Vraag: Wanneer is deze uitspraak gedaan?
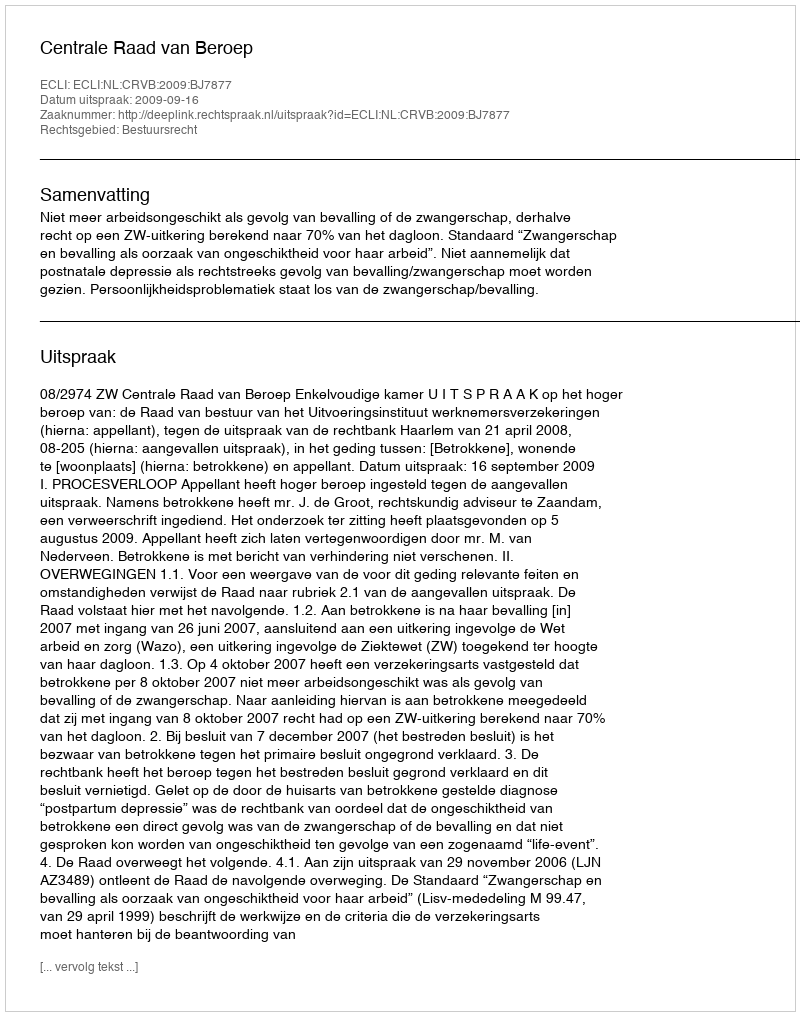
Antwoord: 2009-09-16